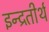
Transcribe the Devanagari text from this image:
इन्द्रतीर्थ